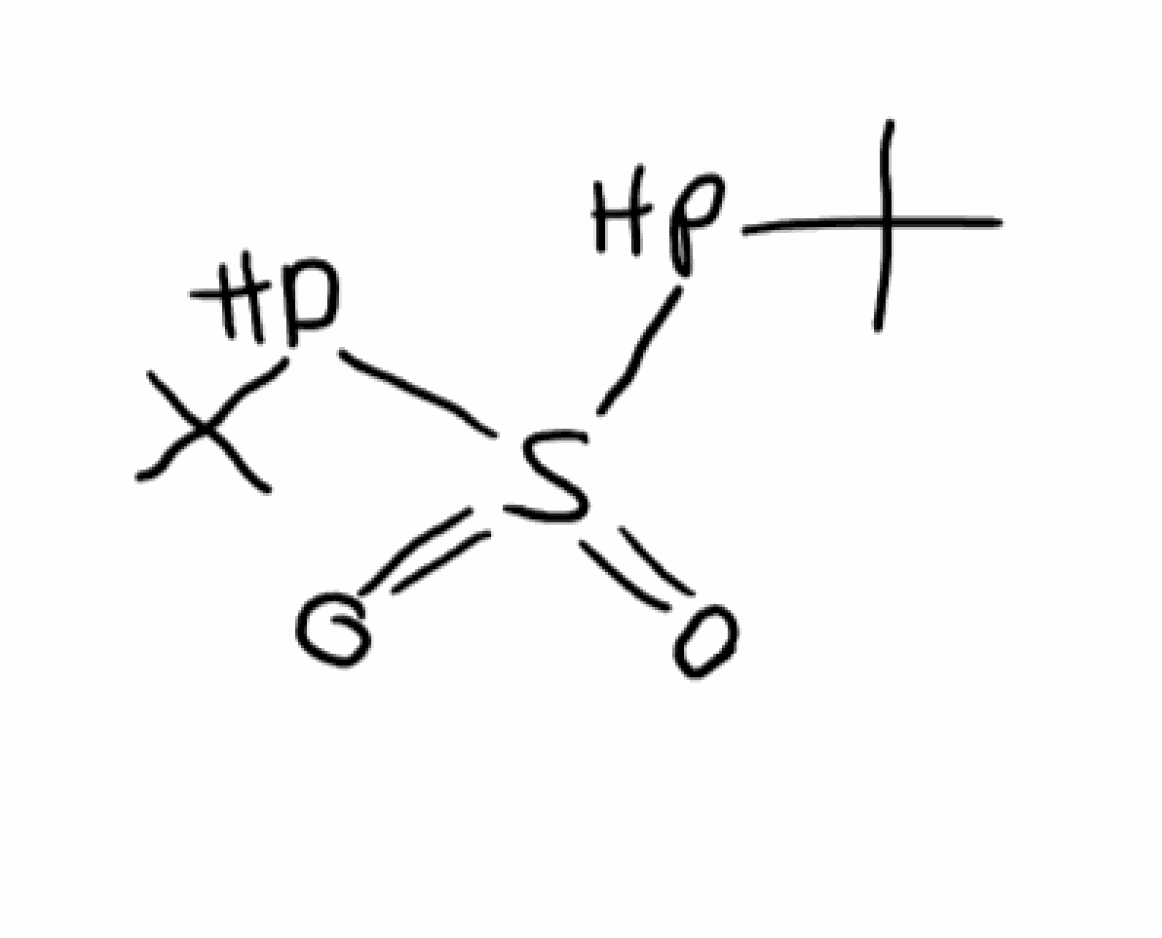
Simplified molecular-input line-entry system (SMILES) notation of the given molecule:
CC(C)(C)PS(=O)(=O)PC(C)(C)C